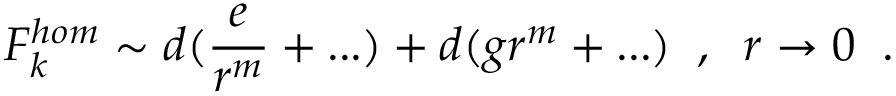
F _ { k } ^ { h o m } \sim d ( \frac { e } { r ^ { m } } + . . . ) + d ( g r ^ { m } + . . . ) \; \; , \; \; r \rightarrow 0 \; \; .